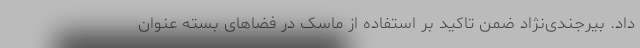
داد. بیرجندی‌نژاد ضمن تاکید بر استفاده از ماسک در فضاهای بسته عنوان